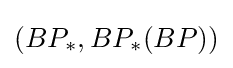
(BP_{*},BP_{*}(BP))